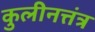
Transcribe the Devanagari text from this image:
कुलीनत्तंत्र